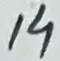
Text: 14